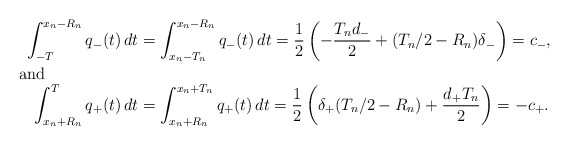
\begin{align*}\int_{-T}^{x_n - R_n} q_{-}(t) \, dt & = \int_{x_n - T_n}^{x_n - R_n} q_{-}(t) \, dt = \frac{1}{2}\left(-\frac{T_n d_{-}}{2} + (T_n/2 - R_n)\delta_{-}\right) =c_{-}, \shortintertext{and}\int_{x_n + R_n}^{T}q_{+}(t) \, dt & = \int_{x_n + R_n}^{x_n + T_n}q_+(t) \,dt = \frac{1}{2}\left(\delta_+ (T_n/2 - R_n) + \frac{d_+ T_n}{2}\right) = -c_+.\end{align*}